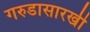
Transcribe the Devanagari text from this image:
गरुडासारखी